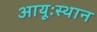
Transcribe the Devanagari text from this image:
आयूःस्थान